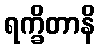
ရက္ခိတာနိ